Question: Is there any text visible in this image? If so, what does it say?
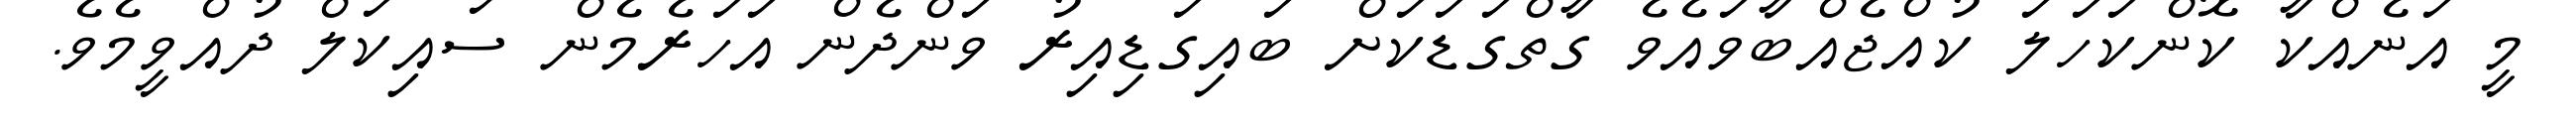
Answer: މީ އަނެއްކާ ކޮންކަހަލަ ކުއްޖެއްބާވައެވެ ގާތްގަޑަކަށް ބައިގަޑިއިރު ވަންދެން އަހަރެމެން ސައިކަލް ދުއްވީމެވެ.